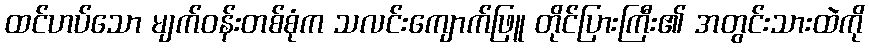
ထင်ဟပ်သော မျက်ဝန်းတစ်စုံက သလင်းကျောက်ဖြူ တိုင်ပြားကြီး၏ အတွင်းသားထဲကို